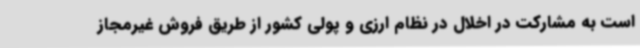
است به مشارکت در اخلال در نظام ارزی و پولی کشور از طریق فروش غیرمجاز